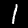
Digit: 1